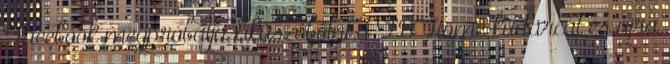
Facebook megpróbálja kiküszöbölni a FB Home kudarcát és újra